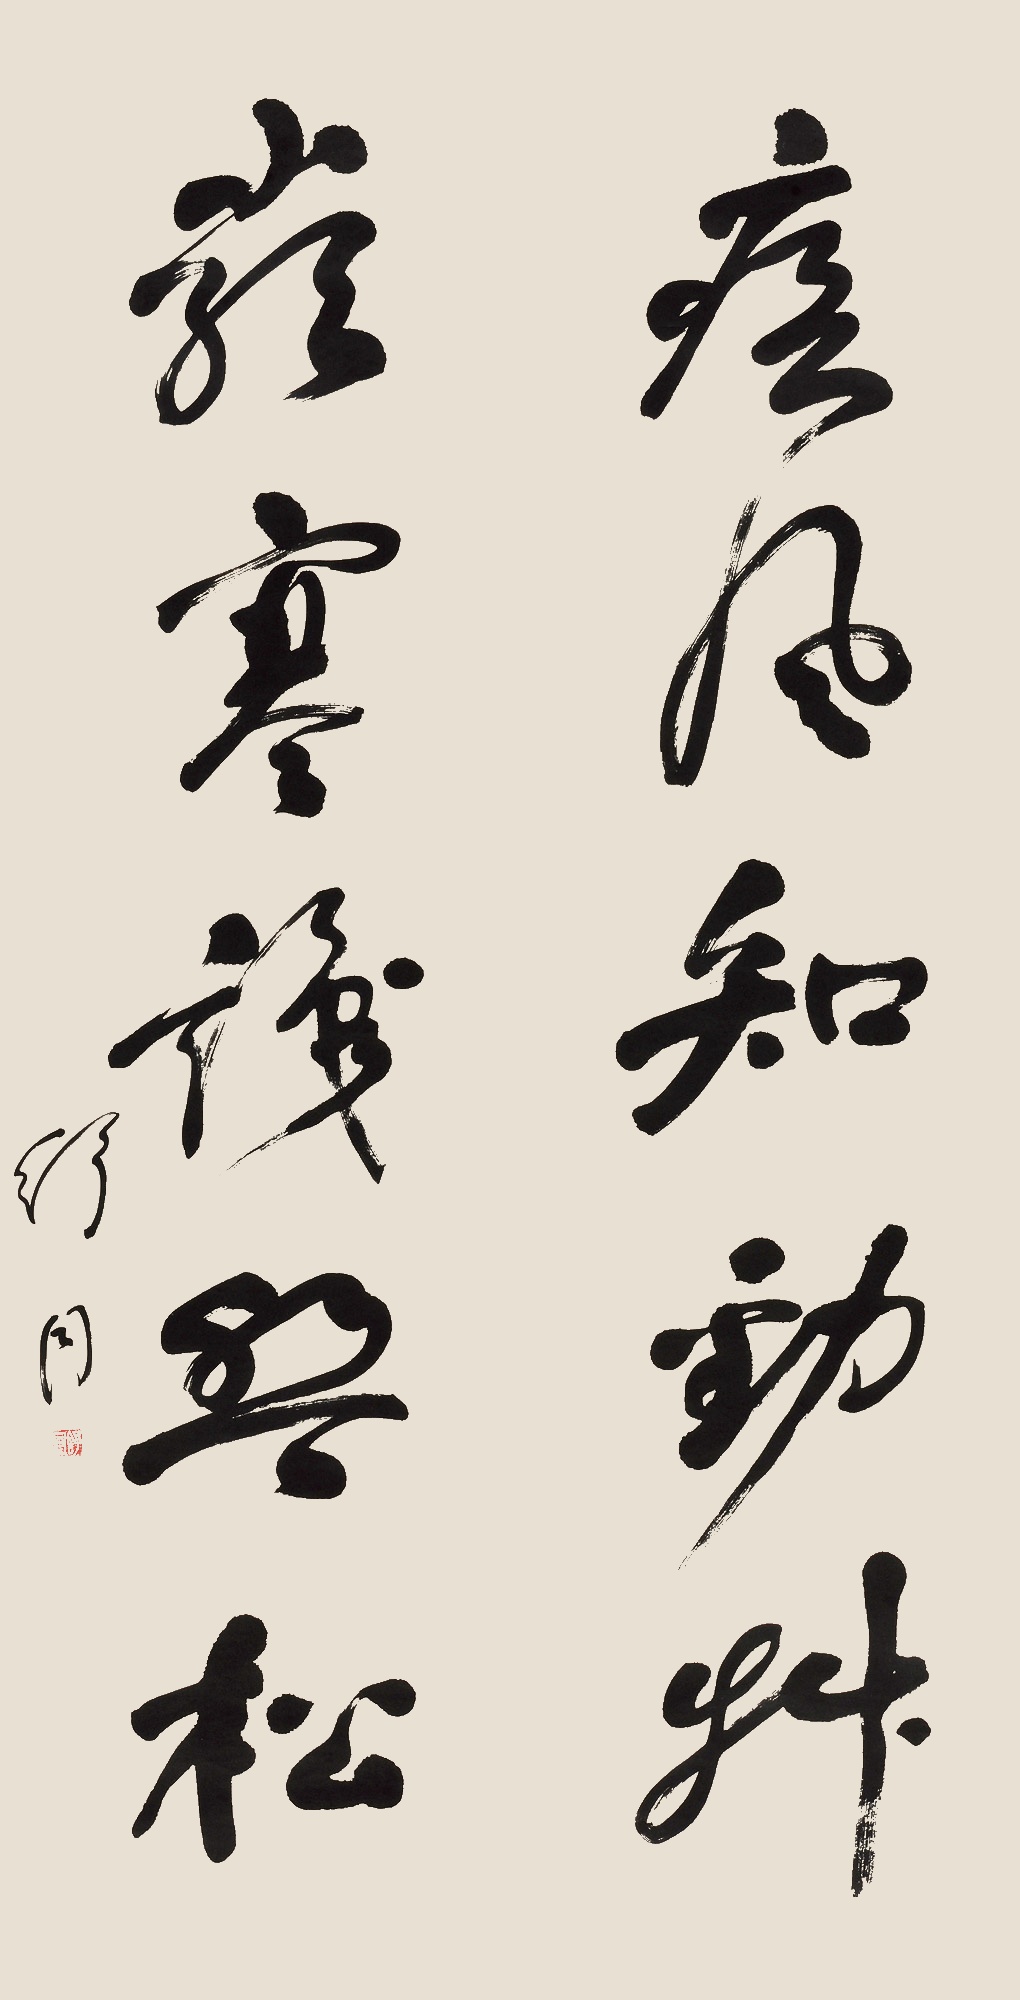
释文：疾风知劲草，岭上识盘松。舒同。